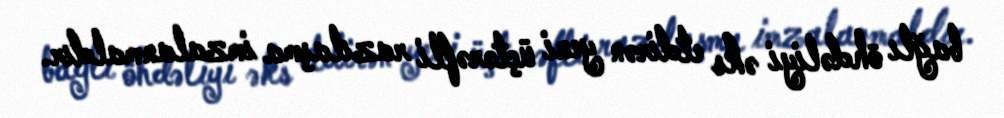
bağlı öhdəliyi əks etdirən yeni üçtərəfli razılaşma imzalanmaldır.